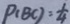
P ( B C ) = \frac { 1 } { 4 }